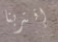
إقتربنا